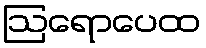
ဩရောပေထ